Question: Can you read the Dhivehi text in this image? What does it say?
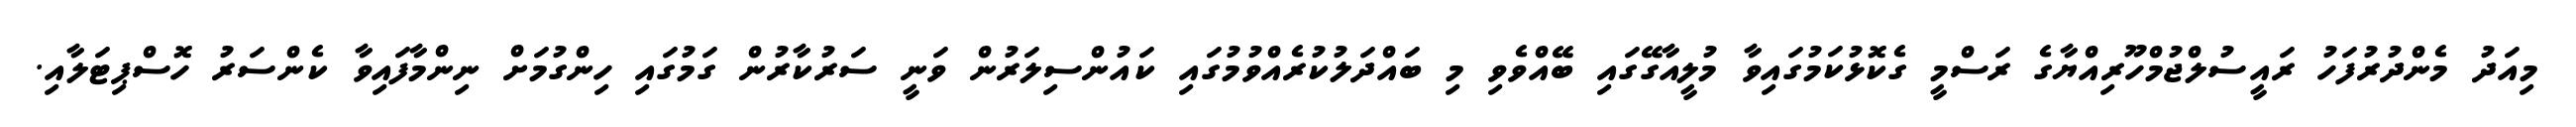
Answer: މިއަދު މެންދުރުފަހު ރައީސުލްޖުމްހޫރިއްޔާގެ ރަސްމީ ގެކޮޅުކަމުގައިވާ މުލީއާގޭގައި ބޭއްވެވި މި ބައްދަލުކުރެއްވުމުގައި ކައުންސިލަރުން ވަނީ ސަރުކާރުން ގަމުގައި ހިންގުމަށް ނިންމާފައިވާ ކެންސަރު ހޮސްޕިޓަލާއި.